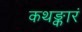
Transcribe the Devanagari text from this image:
कथङ्कारं